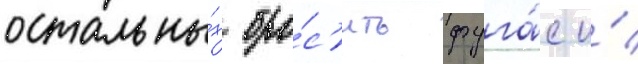
остальны́х бро́с'ить фуга́с и́